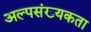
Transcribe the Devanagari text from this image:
अल्पसंख्यकता